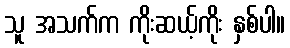
သူ အသက်က ကိုးဆယ့်ကိုး နှစ်ပါ။